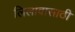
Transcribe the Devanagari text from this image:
लिलावासाठी